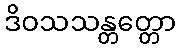
ဒိဝသသန္တတ္တော